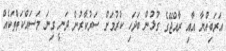
އަރަބިއްޔާ އާއި ރާއްޖޭގެ ގުޅުން ބަދަހި ކުރުމަށް ސަރުކާރުން ދަނީ ގިނަ މަސައްކަތްތަކެއް